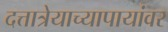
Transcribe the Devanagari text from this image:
दत्तात्रेयाच्यापायांवर